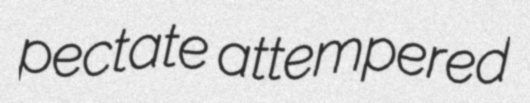
pectate attempered